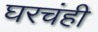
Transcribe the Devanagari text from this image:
घरचंही